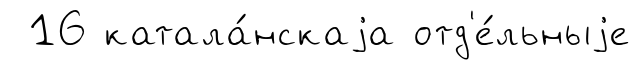
16 катала́нскаjа отд'е́льныjе